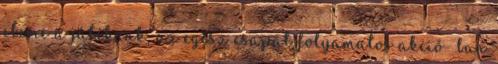
eleme a játéknak, az egész csapat folyamatos akció- ban